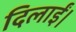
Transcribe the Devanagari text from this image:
दिलाईं।